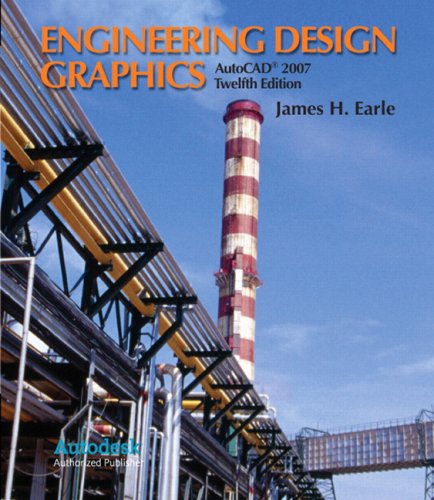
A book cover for Engineering Design Graphics with AutoCAD 2007 (12th Edition); James H. Earle; Engineering & Transportation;